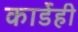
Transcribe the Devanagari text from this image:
कार्डेही